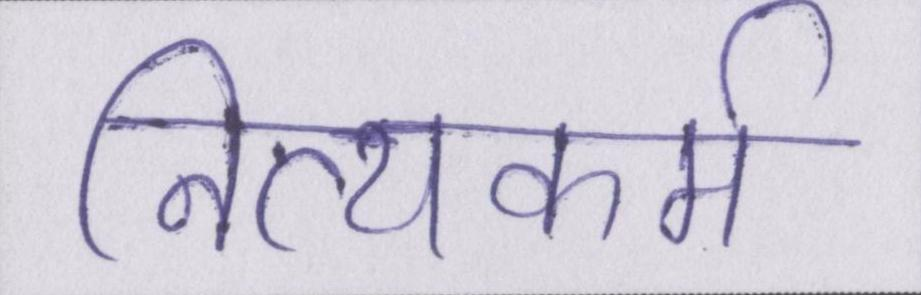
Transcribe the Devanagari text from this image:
नित्यकर्म